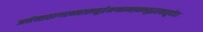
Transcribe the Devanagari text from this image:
अनंन्तसागरमहासमुद्रेमग्नान्समभ्युद्धरवासुदेव।